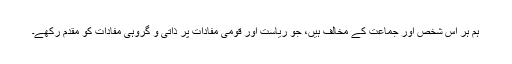
ہم ہر اس شخص اور جماعت کے مخالف ہیں، جو ریاست اور قومی مفادات پر ذاتی و گروہی مفادات کو مقدم رکھے۔